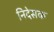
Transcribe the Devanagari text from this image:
निदेसक